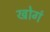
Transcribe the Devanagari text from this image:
खोगं